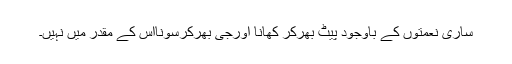
ساری نعمتوں کے باوجود پیٹ بھرکر کھانا اورجی بھرکرسونااس کے مقدر میں نہیں۔